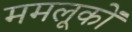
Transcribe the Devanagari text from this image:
ममलूकों